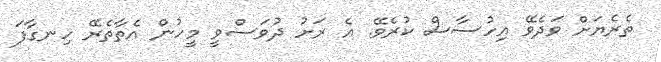
ތެރެޔަށް ވަދެވޭ އިހުސާސް ކުރެވޭ. އެ ރަށު ދުވަސްވީ މީހުން އެތާތެރޭ ހިނގާފަ